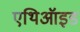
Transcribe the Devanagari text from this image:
एथिऑइड